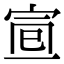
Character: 𡨈